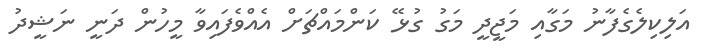
އަލިކިލެގެފާނު މަގާއި މަޖީދީ މަގު ގުޅޭ ކަންމަައްޗަށް އެއްވެފައިވާ މީހުން ދަނީ ނަޝީދު